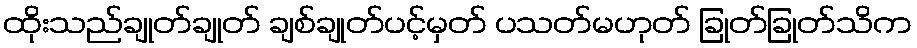
ထိုးသည်ချုတ်ချုတ် ချစ်ချုတ်ပင့်မှတ် ပသတ်မဟုတ် ခြုတ်ခြုတ်သိက